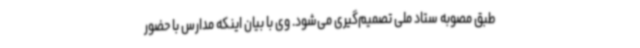
طبق مصوبه ستاد ملی تصمیم‌گیری می‌شود. وی با بیان اینکه مدارس با حضور